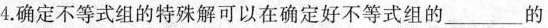
4.确定不等式组的特殊解可以在确定好不等式组的___的